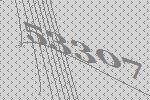
53307